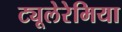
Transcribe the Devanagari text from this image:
ट्यूलेरेमिया